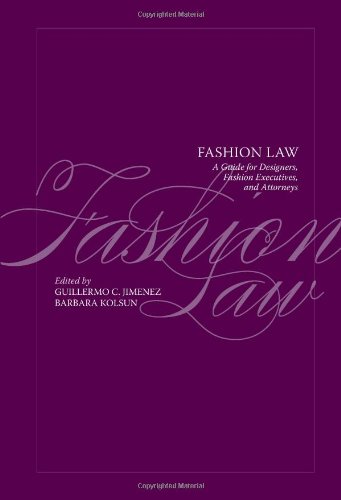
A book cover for Fashion Law: A Guide for Designers, Fashion Executives and Attorneys; Business & Money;